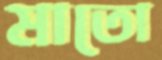
মাতো